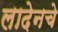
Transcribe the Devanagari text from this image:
लादेनचे